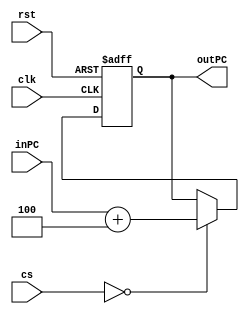
`timescale 1ns / 1ps
//////////////////////////////////////////////////////////////////////////////////
// Company: 
// Engineer: 
// 
// Design Name: 
// Module Name: Add
// Project Name: 
// Target Devices: 
// Tool Versions: 
// Description: 
// 
// Dependencies: 
// 
// Revision:
// Revision 0.01 - File Created
// Additional Comments:
// 
//////////////////////////////////////////////////////////////////////////////////


module Add4toPC(
    output reg [31:0] outPC,
    input [31:0] inPC,
    input [3:0] cs,
    input clk, rst
    );
    
    parameter IF = 4'd0;
    
    always @(negedge clk or posedge rst) begin // this time we use negedge, because write action in here
       if(rst) outPC <= 32'd0;
       else if(cs == IF) outPC <= inPC + 32'd4; // debuging
       else outPC <= outPC;
    end
    
endmodule

module Add_32bits(
    output reg [31:0] out,
    input [31:0] in0, in1,
    input [3:0] cs,
    input clk, rst
    );
    
    parameter EX  = 4'd2;
    
    always @(negedge clk or posedge rst) begin // this time we use negedge, because write action in here
       if(rst) out <= 32'd0;
       else if(cs == EX) out <= in0 + in1;
       else out <= out;
    end
    
//    assign out = in0 + in1;
    
endmodule